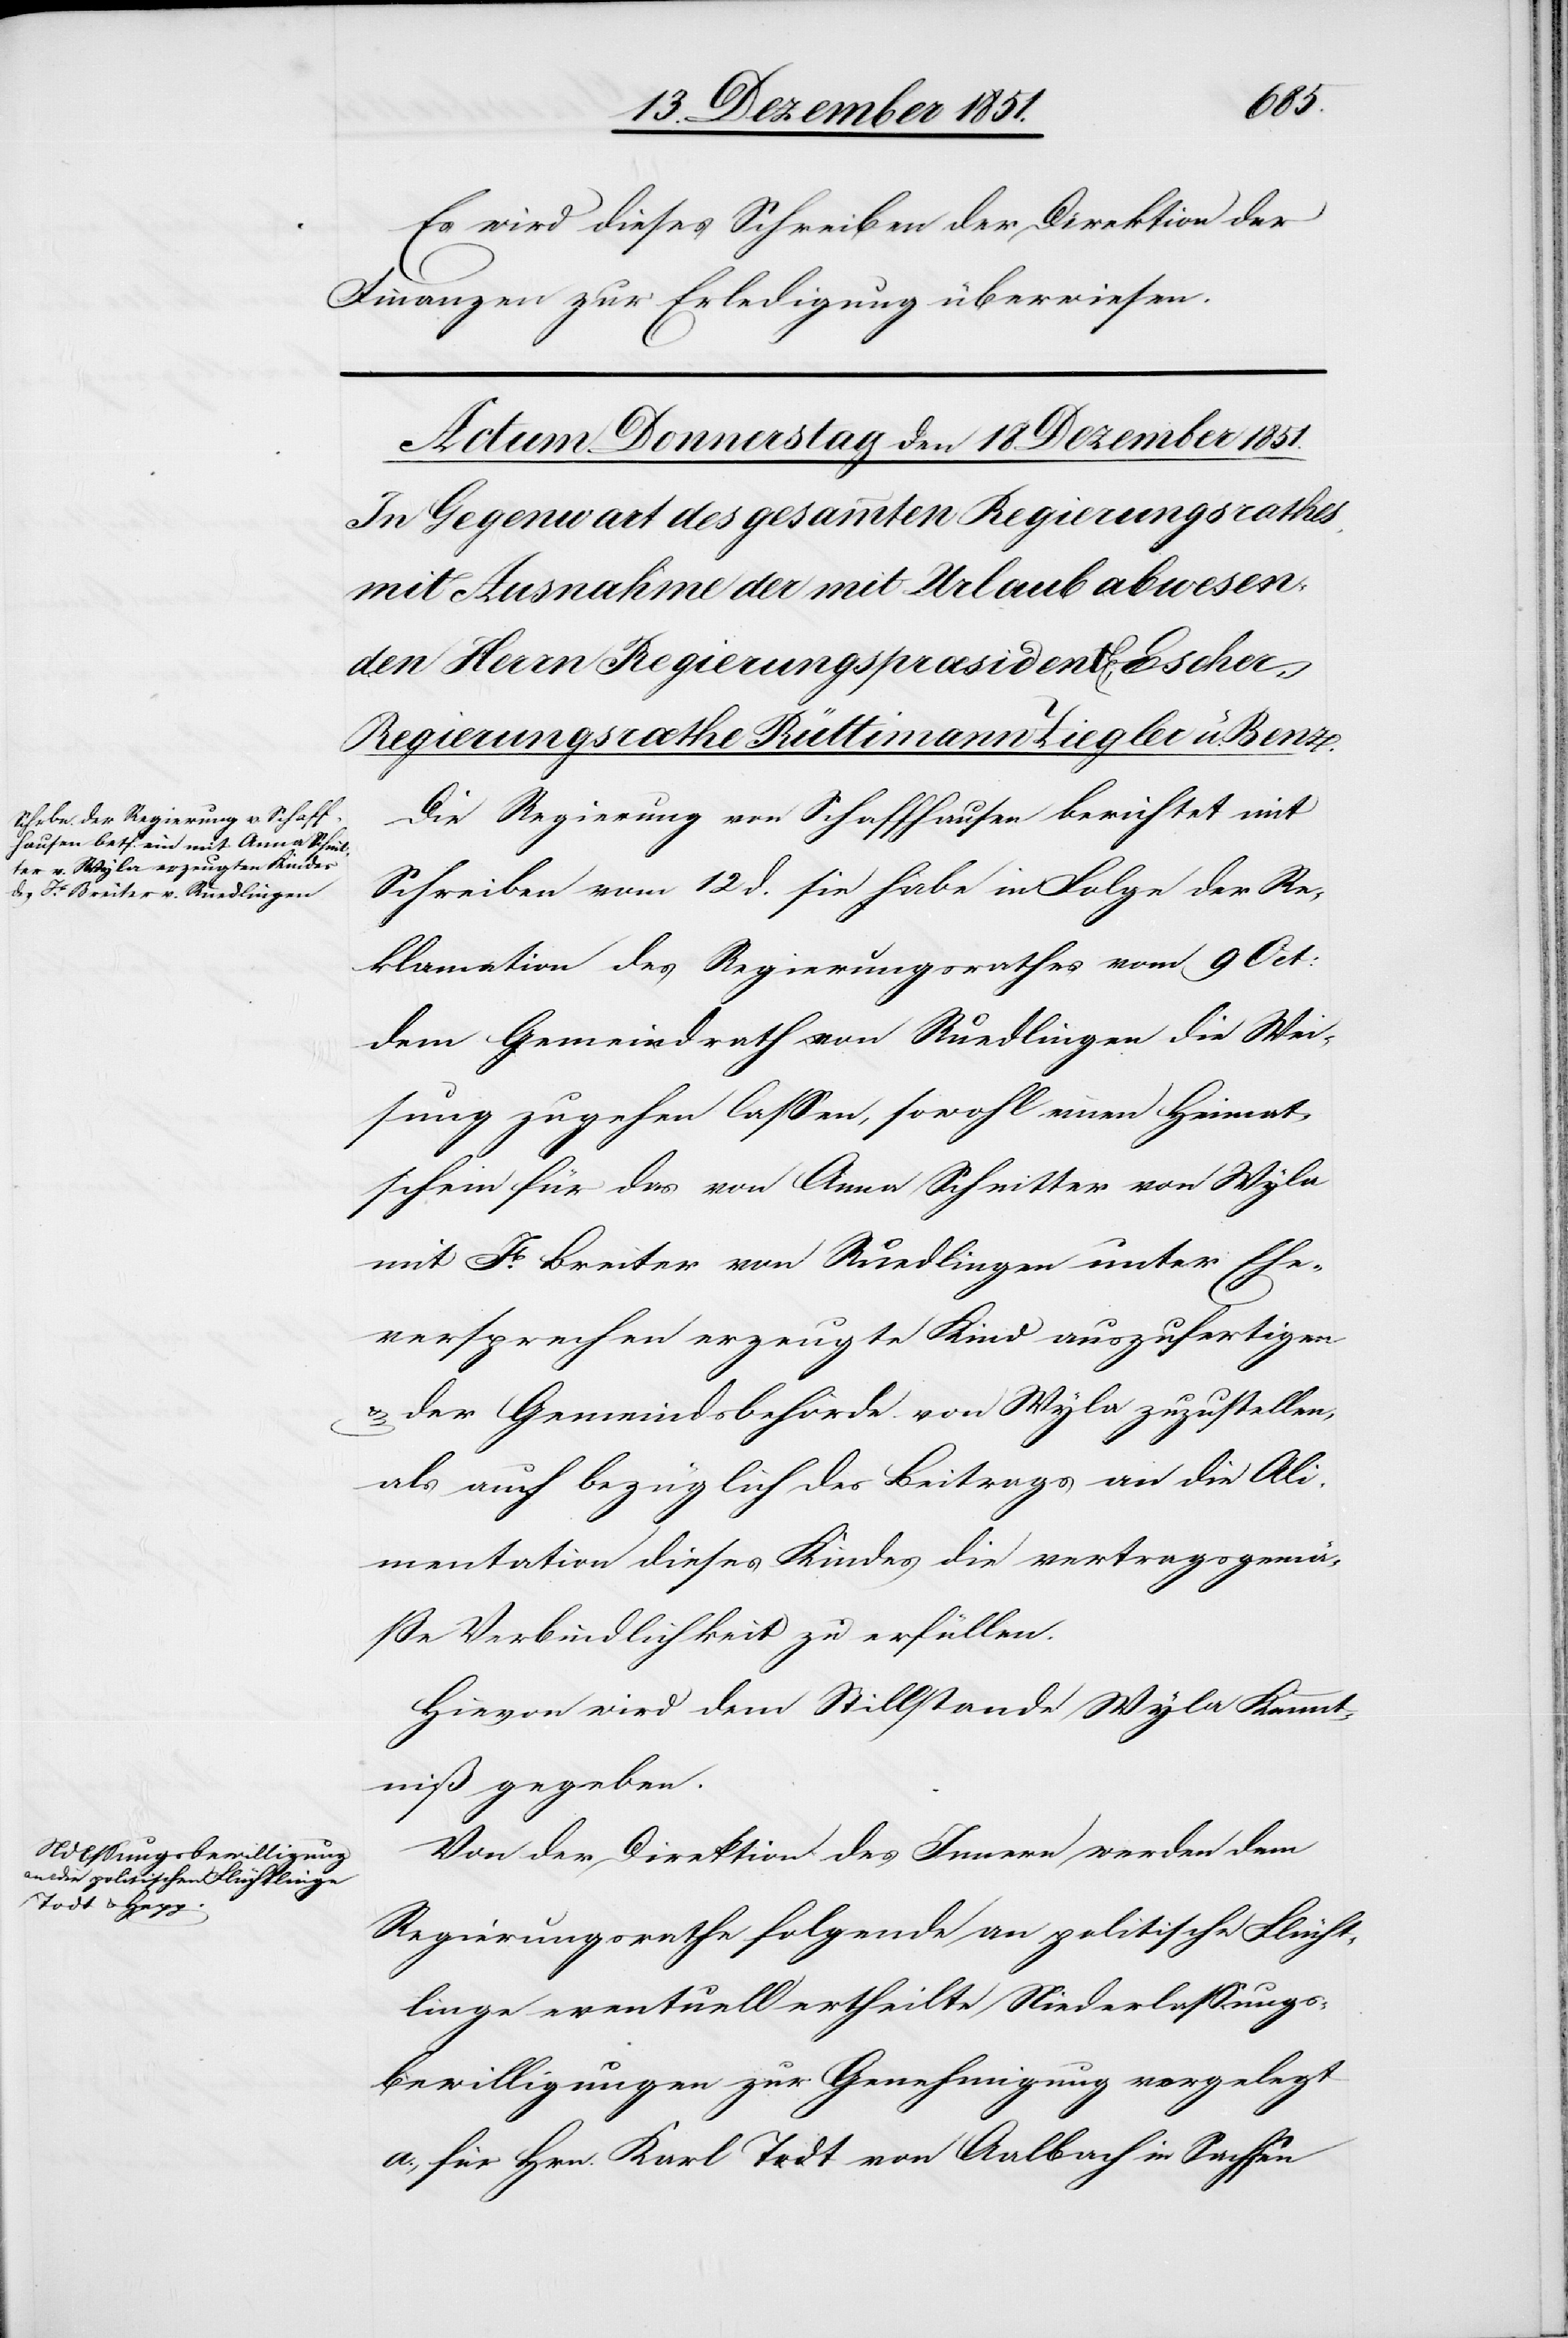
Es wird dieses Schreiben der Direktion der
Finanzen zur Erledigung überwiesen.
Die Regierung von Schaffhausen berichtet mit
Schreiben vom 12 d. sie habe in Folge der Re¬
klamation des Regierungsrathes vom 9 Oct:
dem Gemeindrath von Ruedlingen die Wei¬
sung zugehen lassen, sowohl einen Heimat¬
schein für das von Anna Schnitter von Wyla
mit Jb. Breiter von Ruedlingen unter Ehe¬
versprechen erzeugte Kind auszufertigen
der Gemeindsbehörde von Wyla zuzustellen,
als auch bezüglich des Beitrags an die Ali¬
mentation dieses Kindes die vertragsgemä¬
ße Verbindlichkeit zu erfüllen.
Hievon wird dem Stillstande Wyla Kennt¬
niß gegeben.
Von der Direktion des Innern werden dem
Regierungsrathe folgende an politische Flücht¬
linge eventuell ertheilte Niederlassungs¬
bewilligungen zur Genehmigung vorgelegt
a., für Hrn. Karl Todt von Aalbach in Sachsen